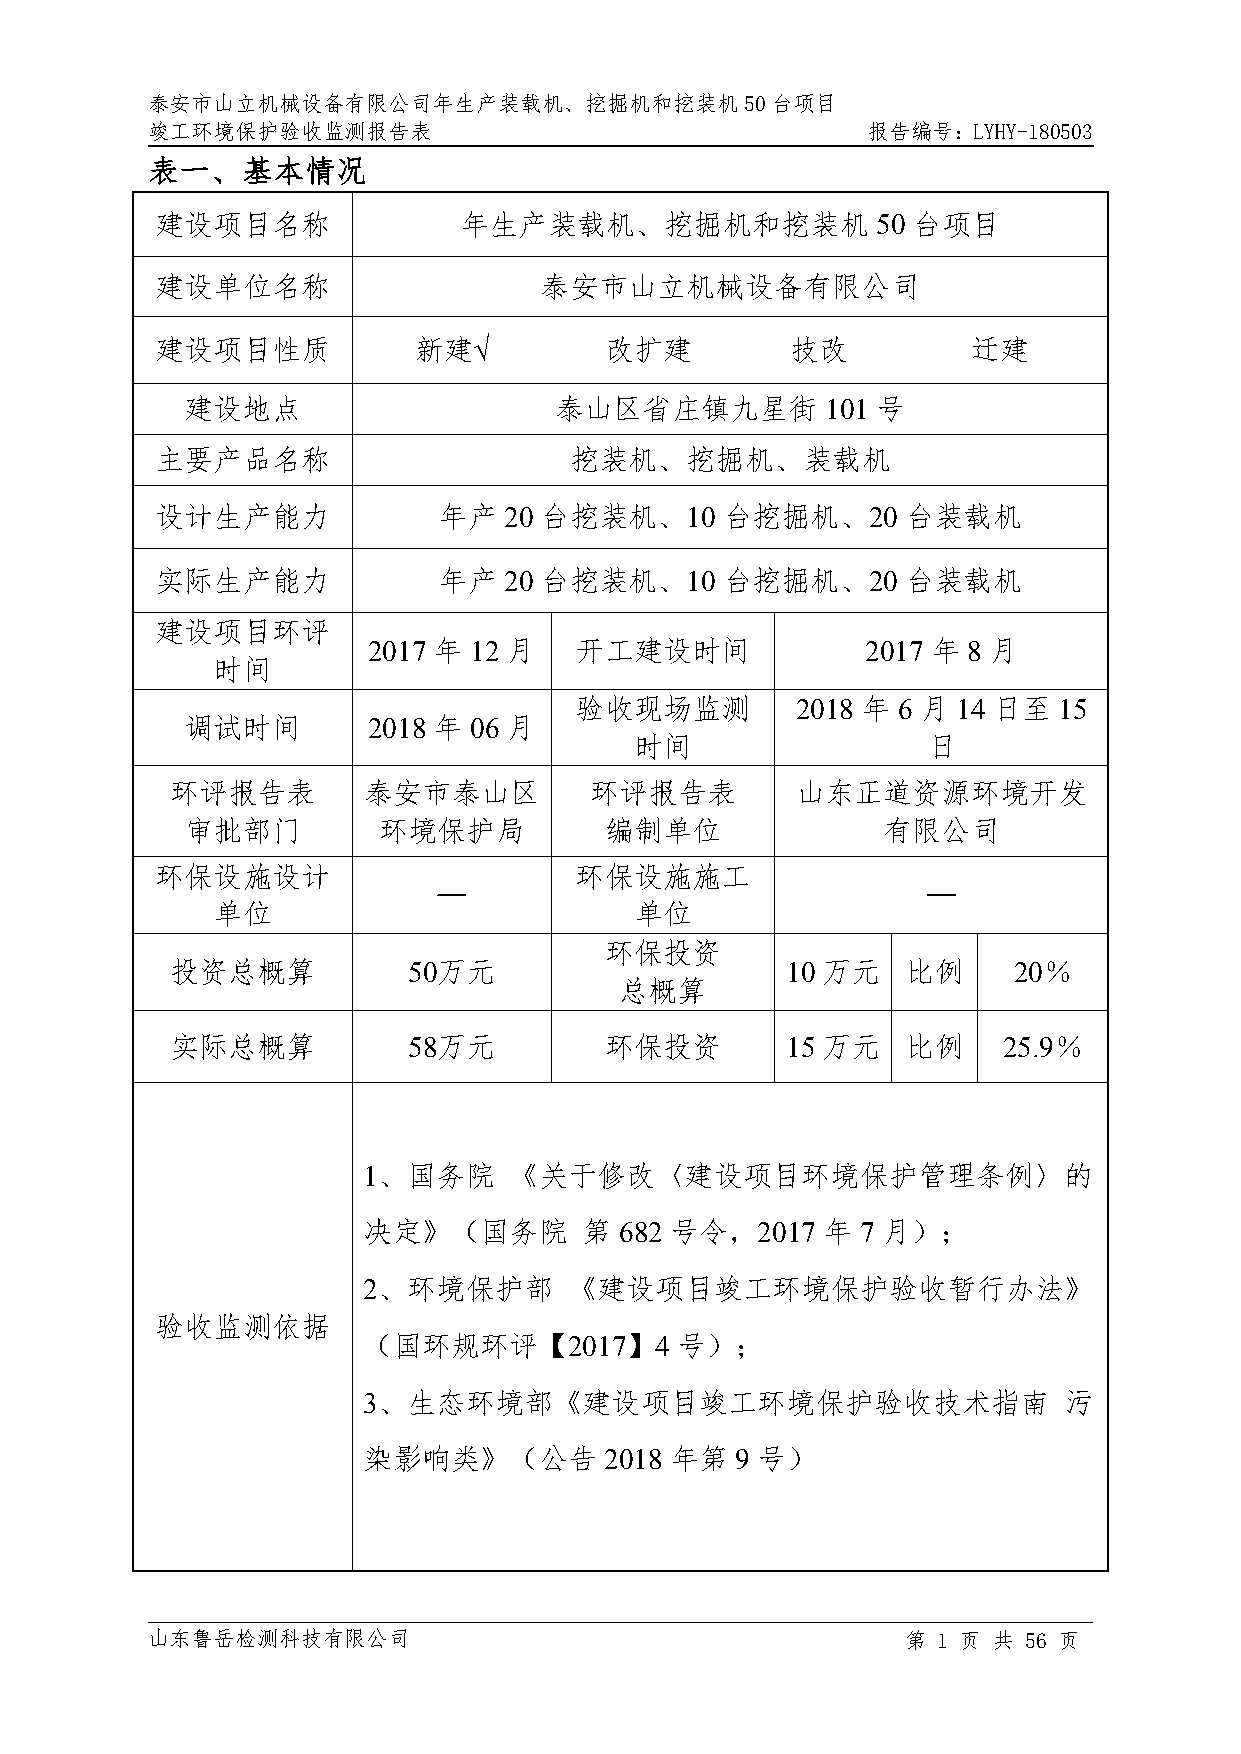
泰安市山立机械设备有限公司年生产装载机、挖掘机和挖装机50台项目
 竣工环境保护验收监测报告表                                  报告编号：LYHY-180503
 表一、基本情况
 建设项目名称              年生产装载机、挖掘机和挖装机              50 台项目
 建设单位名称                    泰安市山立机械设备有限公司
 建设项目性质           新建√          改扩建         技改          迁建
 建设地点                     泰山区省庄镇九星街         101 号
 主要产品名称                      挖装机、挖掘机、装载机
 设计生产能力             年产  20 台挖装机、10     台挖掘机、20     台装载机
 实际生产能力             年产  20 台挖装机、10     台挖掘机、20     台装载机
 建设项目环评
 2017 年 12 月   开工建设时间             2017 年 8 月
 时间
 验收现场监测         2018 年 6 月 14 日至 15
 调试时间        2018 年 06 月
 时间                 日
 环评报告表        泰安市泰山区         环评报告表         山东正道资源环境开发
 审批部门         环境保护局          编制单位              有限公司
 环保设施设计                      环保设施施工
 —                               —
 单位                          单位
 环保投资
 投资总概算           50万元                     10 万元   比例     20％
 总概算
 实际总概算           58万元         环保投资        15 万元   比例    25.9％
 1、国务院     《关于修改〈建设项目环境保护管理条例〉的
 决定》（国务院        第 682 号令，2017  年  7 月）；
 2、环境保护部       《建设项目竣工环境保护验收暂行办法》
 验收监测依据
 （国环规环评【2017】4        号）；
 3、生态环境部《建设项目竣工环境保护验收技术指南                      污
 染影响类》（公告        2018 年第  9 号）
 山东鲁岳检测科技有限公司                                      第 1 页 共 56 页